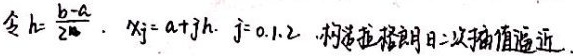
令 \(h = \frac{b - a}{2^{n}}\)，\(x_{j}=a + jh\)，\(j = 0,1,2\)，构造拉格朗日二次插值逼近。